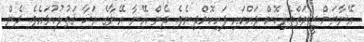
އޭނާޔަށް ޒީނަތްތެރިކޮށް ދައްކައި ފަހިކޮށްދިނެވެ. ދެން އޭނާ އޭނާގެ އަޚާ ޤަތުލުކުޅައެވެ. ދެން